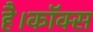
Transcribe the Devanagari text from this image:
है।कॉक्स